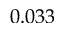
0 . 0 3 3